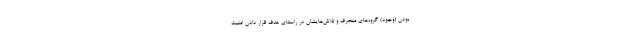
بودن (وجود) گروه‌های منحرف و تلاش‌هایشان در راستای هدف قرار دادن امنیت